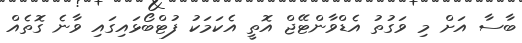
ބާސާ އަށް މި ވަގުތު އެޑްވާންޓޭޖް އޮތީ އެކަމަކު ފުޓްބޯޅައިގައި ވާނެ ގޮތެއް